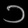
Digit: ၁